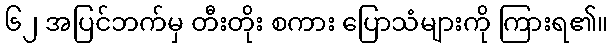
၆၂ အပြင်ဘက်မှ တီးတိုး စကား ပြောသံများကို ကြားရ၏။